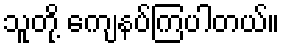
သူတို့ ကျေနပ်ကြပါတယ်။